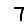
Digit: 7